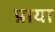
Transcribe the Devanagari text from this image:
प्राया